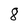
Character: 8